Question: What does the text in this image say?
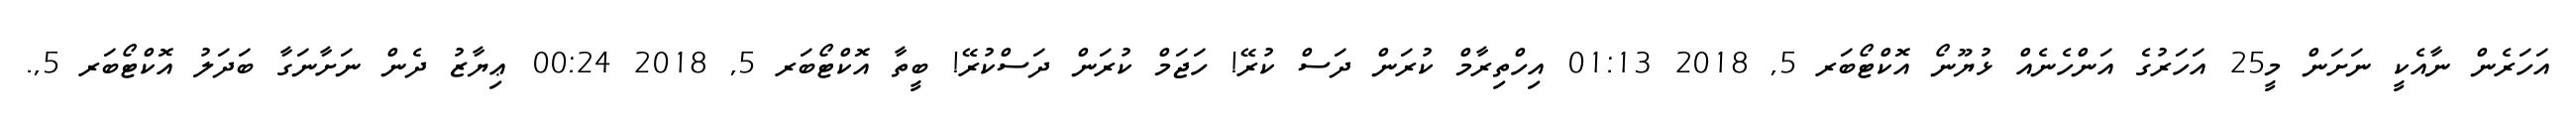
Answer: އަހަރެން ނާއެކީ ނަށަން މީ25 އަހަރުގެ އަންހެނެއް ޅުޔޫނޯ އޮކްޓޯބަރ 5, 2018 01:13 އިހްތިރާމް ކުރަން ދަސް ކުރޭ! ހަޖަމް ކުރަން ދަސްކުރޭ! ބީތާ އޮކްޓޯބަރ 5, 2018 00:24 ޢިޔާޒު ދެން ނަށާނަގާ ބަދަލު އޮކްޓޯބަރ 5,.